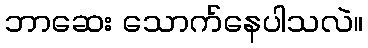
ဘာဆေး သောက်နေပါသလဲ။